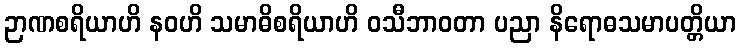
ဉာဏစရိယာဟိ နဝဟိ သမာဓိစရိယာဟိ ဝသီဘာဝတာ ပညာ နိရောဓသမာပတ္တိယာ